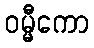
ဝမ္မီကော